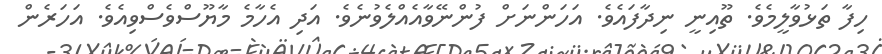
ހިފާ ތަޅުވާލީމެވެ. ތޫއިނީ ނިދާފައެވެ. އަހަންނަށް ފުންނޭވާއެއްލެވުނެވެ. އަދި އެހާމެ މާޔޫސްވެސްވިއެވެ. އަހަރެން